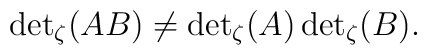
{\det}_\zeta (AB) \neq {\det}_\zeta (A) \, {\det}_\zeta (B).